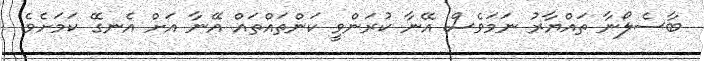
ބާސެލޯނާ ތައްޔާރު ނަމަވެސް އޭނާ ކުރަންވީ ކަންތައްތައް އޭނާ އަށް އެނގޭ ކަމަށެވެ.